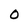
Character: O